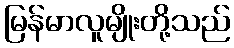
မြန်မာလူမျိုးတို့သည်